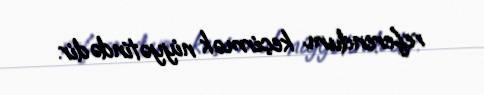
referendum keçirmək niyyətindədir.